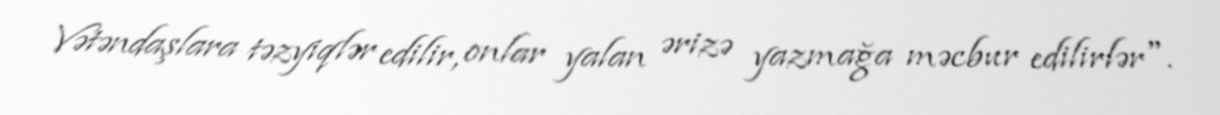
Vətəndaşlara təzyiqlər edilir, onlar yalan ərizə yazmağa məcbur edilirlər".